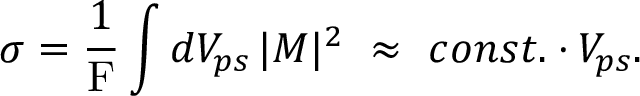
\sigma = \frac { 1 } { \mathrm { F } } \int d V _ { p s } \, | M | ^ { 2 } \ \approx \ c o n s t . \cdot V _ { p s } .